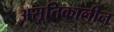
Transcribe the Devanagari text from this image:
असूतिकालीन